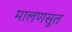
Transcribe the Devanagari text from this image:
मालणसुत